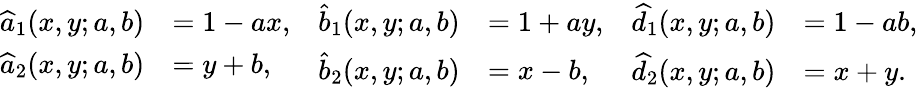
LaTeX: \begin{array}{rl}{\widehat{a}_{1}(x,y;a,b)}&{=1-ax,}\\ {\widehat{a}_{2}(x,y;a,b)}&{=y+b,}\end{array}\quad\begin{array}{rl}{\widehat{b}_{1}(x,y;a,b)}&{=1+ay,}\\ {\widehat{b}_{2}(x,y;a,b)}&{=x-b,}\end{array}\quad\begin{array}{rl}{{\widehat{d}}_{1}(x,y;a,b)}&{=1-ab,}\\ {{\widehat{d}}_{2}(x,y;a,b)}&{=x+y.}\end{array}